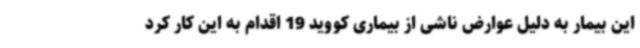
این بیمار به دلیل عوارض ناشی از بیماری کووید 19 اقدام به این کار کرد